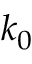
k _ { 0 }